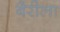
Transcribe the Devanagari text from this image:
बैरीला